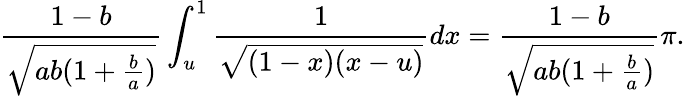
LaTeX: \frac{1-b}{\sqrt{ab(1+\frac{b}{a})}}\int_{u}^{1}\frac{1}{\sqrt{(1-x)(x-u)}}dx=\frac{1-b}{\sqrt{ab(1+\frac{b}{a})}}\pi.